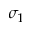
\sigma _ { 1 }